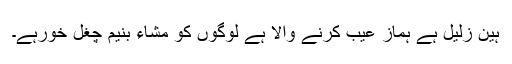
ہینؔ زلیل ہے ہمازؔ عیب کرنے والا ہے لوگوں کو مشاء بنیم چغل خورہے۔